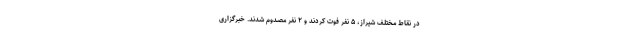
در نقاط مختلف شیراز، ۵ نفر فوت کردند و ۲ نفر مصدوم شدند. خبرگزاری